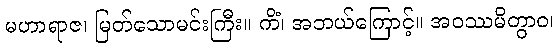
မဟာရာဇ၊ မြတ်သောမင်းကြီး။ ကိံ၊ အဘယ်ကြောင့်။ အဝဿမိတွာဝ၊